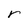
Character: r